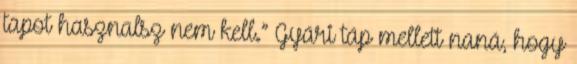
tapot hasznalsz nem kell.” Gyári táp mellett naná, hogy